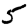
Digit: 5